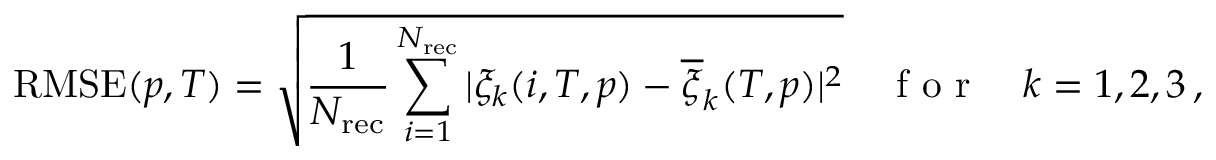
\mathrm { R M S E } ( p , T ) = \sqrt { \frac { 1 } { N _ { \mathrm { r e c } } } \sum _ { i = 1 } ^ { N _ { \mathrm { r e c } } } | \xi _ { k } ( i , T , p ) - \overline { { \xi } } _ { k } ( T , p ) | ^ { 2 } } \quad \mathrm { ~ f ~ o ~ r ~ } \quad k = 1 , 2 , 3 \, ,